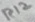
Text: R12